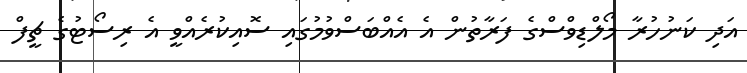
އަދި ކަނުހުރާ މޯލްޑިވްސްގެ ފަރާތުން އެ އެއްބަސްވުމުގައި ސޮއިކުރެއްވީ އެ ރިސޯޓުގެ ޗީފް